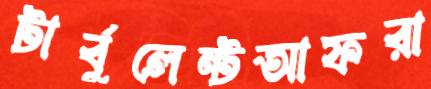
টার্বুলেন্টআফরা